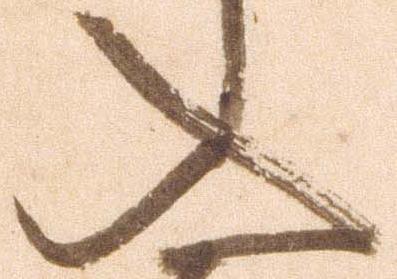
入